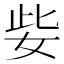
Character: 姕